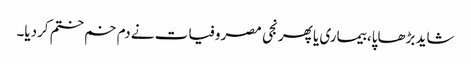
شاید بڑھاپا، بیماری یا پھر نجی مصروفیات نے دم خم ختم کردیا۔